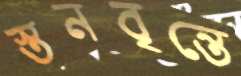
স্তনবৃন্তে